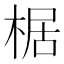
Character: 椐